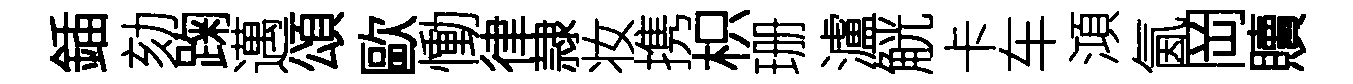
鍤劾踘邁頌歐慟律隷妆携枳珊瀘觥卡车澒氤岡贖